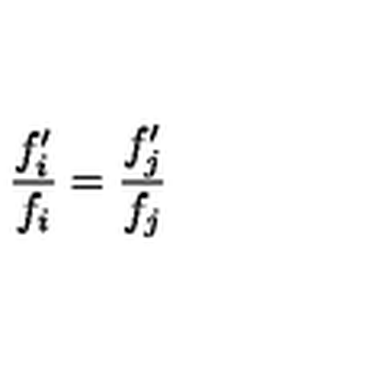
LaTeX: \frac { f _ { i } ^ { \prime } } { f _ { i } } = \frac { f _ { j } ^ { \prime } } { f _ { j } }